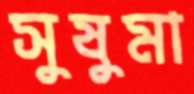
সুষুমা